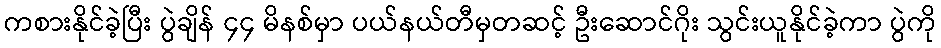
ကစားနိုင်ခဲ့ပြီး ပွဲချိန် ၄၄ မိနစ်မှာ ပယ်နယ်တီမှတဆင့် ဦးဆောင်ဂိုး သွင်းယူနိုင်ခဲ့ကာ ပွဲကို